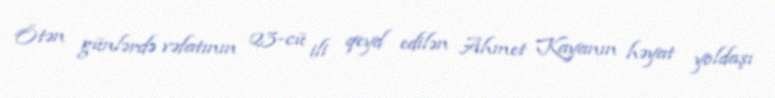
Ötən günlərdə vəfatının 23-cü ili qeyd edilən Ahmet Kayanın həyat yoldaşı